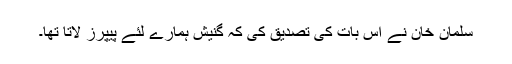
سلمان خان نے اس بات کی تصدیق کی کہ گنیش ہمارے لئے پیپرز لاتا تھا۔